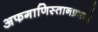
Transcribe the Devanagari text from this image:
अफगाणिस्तानप्रमाणे